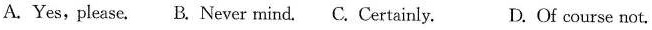
A. Yes,please. B. Never mind. C. Certainly. D. Of course not.